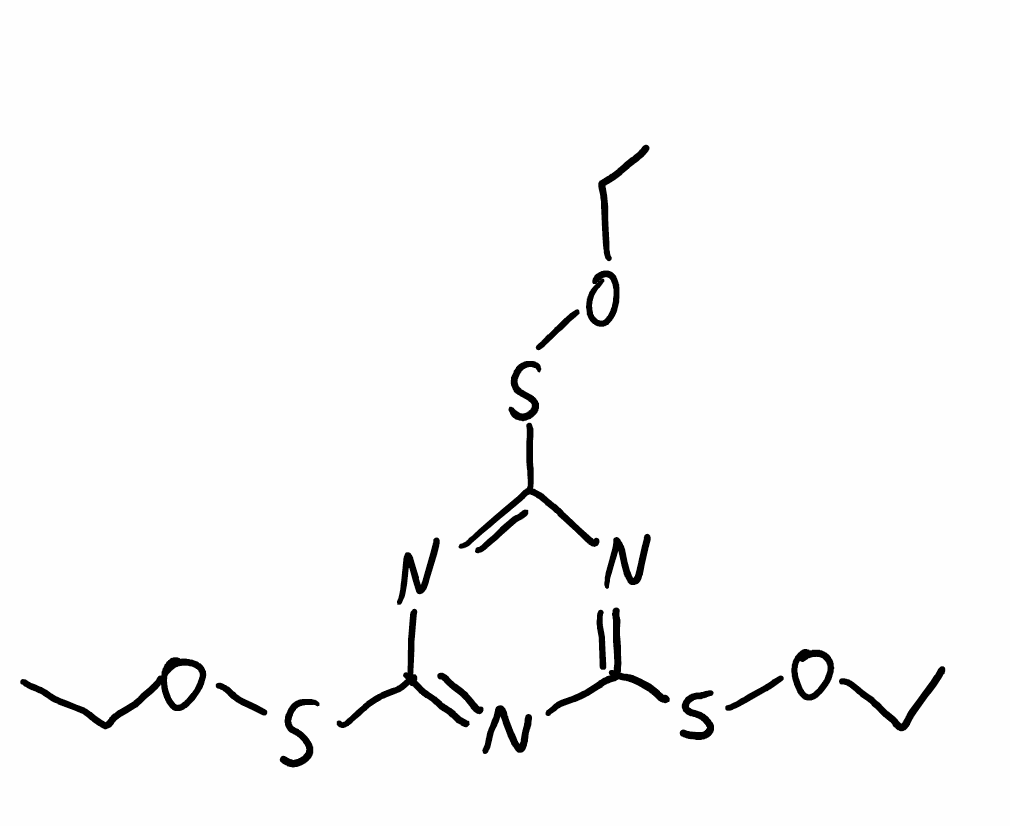
Simplified molecular-input line-entry system (SMILES) notation of the given molecule:
CCOSC1=NC(=NC(=N1)SOCC)SOCC